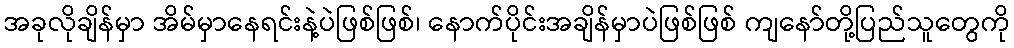
အခုလိုချိန်မှာ အိမ်မှာနေရင်းနဲ့ပဲဖြစ်ဖြစ်၊ နောက်ပိုင်းအချိန်မှာပဲဖြစ်ဖြစ် ကျနော်တို့ပြည်သူတွေကို